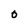
Character: 0